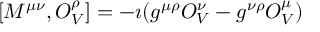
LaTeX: [ M ^ { \mu \nu } , O _ { V } ^ { \rho } ] = - \imath ( g ^ { \mu \rho } O _ { V } ^ { \nu } - g ^ { \nu \rho } O _ { V } ^ { \mu } )